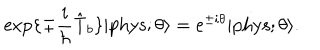
LaTeX: \exp \{ \mp \frac { i } { \hbar } \hat { \mathrm { T } } _ { b } \} | \mathrm { p h y s } ; \theta \rangle = e ^ { \pm i \theta } | \mathrm { p h y s } ; \theta \rangle .